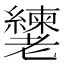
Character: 𬚎